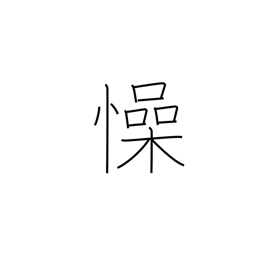
Meaning: unease